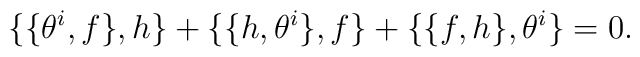
\{\{\theta^i,f\},h\}+\{\{h,\theta^i\},f\}+\{\{f,h\},\theta^i\}=0.